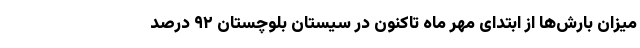
میزان بارش‌ها از ابتدای مهر ماه تاکنون در سیستان بلوچستان ۹۲ درصد